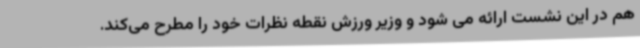
هم در این نشست ارائه می شود و وزیر ورزش نقطه نظرات خود را مطرح می‌کند.